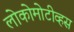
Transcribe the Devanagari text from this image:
लोकोमोटीव्हस